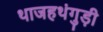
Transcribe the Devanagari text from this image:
थाजहथंगुड़ी